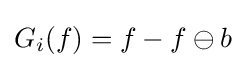
G_{i}(f)=f-f\ominus b